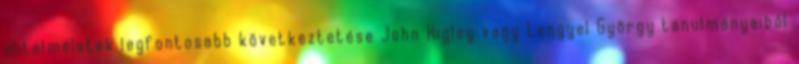
elitelméletek legfontosabb következtetése John Higley vagy Lengyel György tanulmányaiból